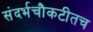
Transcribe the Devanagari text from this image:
संदर्भचौकटीतच